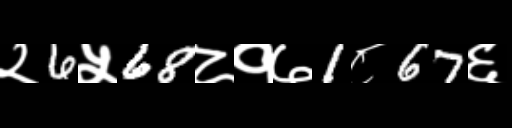
Text: २6५68८१७1८67६